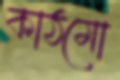
কাঠমো